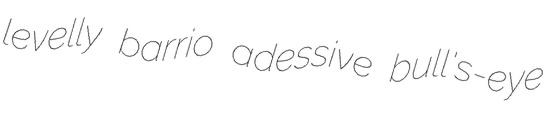
levelly barrio adessive bull's-eye